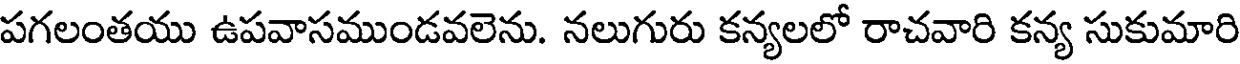
పగలంతయు ఉపవాసముండవలెను. నలుగురు కన్యలలో రాచవారి కన్య సుకుమారి